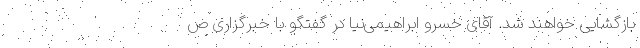
بازگشایی خواهند شد. آقای خسرو ابراهیمی‌نیا در گفتگو با خبرگزاری ص